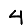
Digit: 4